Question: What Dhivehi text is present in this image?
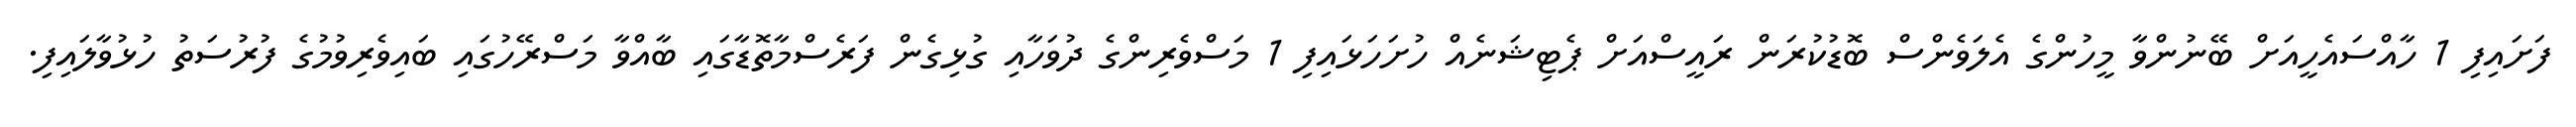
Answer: ފަށައިފި 1 ހާއްސައެހީއަށް ބޭނުންވާ މީހުންގެ އެލަވެންސް ބޮޑުކުރަން ރައީސްއަށް ޕެޓިޝަނެއް ހުށަހަޅައިފި 1 މަސްވެރިންގެ ދުވަހާއި ގުޅިގެން ފަރެސްމާތޮޑާގައި ބާއްވާ މަސްރޭހުގައި ބައިވެރިވުމުގެ ފުރުސަތު ހުޅުވާލައިފި.